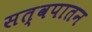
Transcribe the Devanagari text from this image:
सत्वपातन